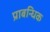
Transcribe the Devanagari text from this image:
प्राबन्धिक